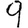
Digit: 9